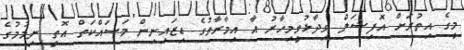
މީގެ އިތުރަށް އޮފިޝަލް ވިދާޅުވީމިހާރު އާ އިމާރާތުގެ ޑިޒައިނިން މަސައްކަތް އޮތީ ނިމުމުގެ